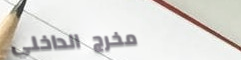
مخرج الداخلي